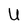
Character: U